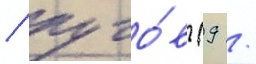
/ луго́в (9 /